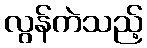
လွန်ကဲသည့်